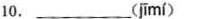
10.___( jīmí )